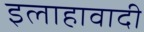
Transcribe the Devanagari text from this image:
इलाहावादी